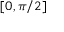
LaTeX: [ 0 , \pi / 2 ]